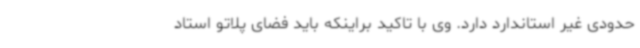
حدودی غیر استاندارد دارد. وی با تاکید براینکه باید فضای پلاتو استاد